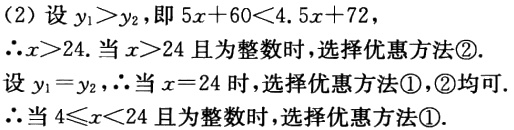
(2) 设 \(y_1 > y_2\)，即 \(5x + 60 < 4.5x + 72\)，
\(\therefore x>24\). 当 \(x > 24\) 且为整数时，选择优惠方法\textcircled{2}.
设 \(y_1 = y_2\)，\(\therefore\)当 \(x = 24\) 时，选择优惠方法\textcircled{1}，\textcircled{2}均可.
\(\therefore\)当 \(4\leqslant x<24\) 且为整数时，选择优惠方法\textcircled{1}.